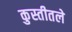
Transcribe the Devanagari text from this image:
कुस्तीतले